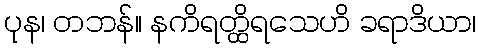
ပုန၊ တဘန်။ နကိရတ္ထိရသေဟိ ခရာဒိယာ၊